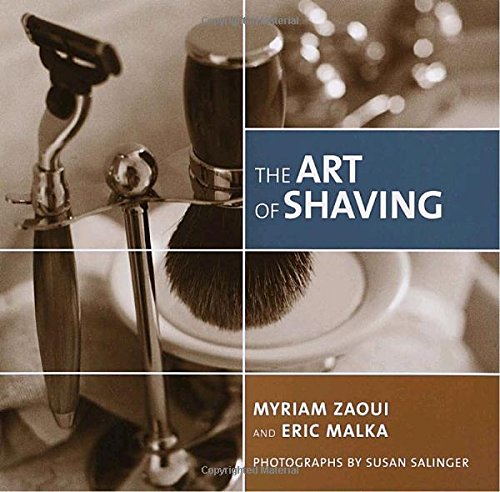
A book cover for The Art of Shaving; Myriam Zaoui; Health, Fitness & Dieting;